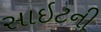
સાઇટની